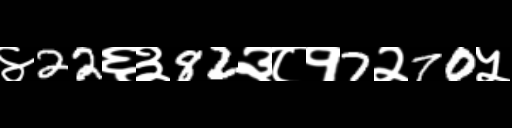
Text: ४22६३82३८१7२70५